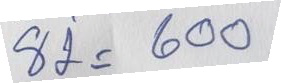
82 = 600